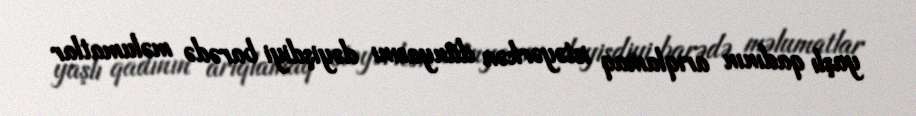
yaşlı qadının arıqlamaq istəyərkən dünyasını dəyişdiyi barədə məlumatlar